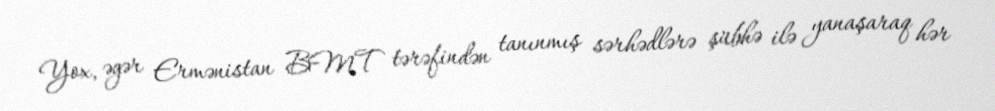
Yox, əgər Ermənistan BMT tərəfindən tanınmış sərhədlərə şübhə ilə yanaşaraq hər